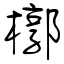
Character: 槨